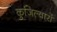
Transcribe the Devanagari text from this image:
कुजिल्वारों